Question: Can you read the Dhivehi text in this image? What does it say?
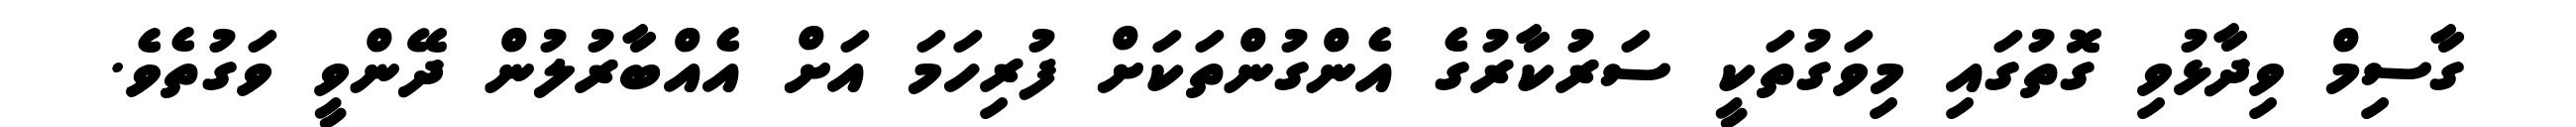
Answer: ގާސިމް ވިދާޅުވި ގޮތުގައި މިވަގުތަކީ ސަރުކާރުގެ އެންގުންތަކަށް ފުރިހަމަ އަށް އެއްބާރުލުން ދޭންވީ ވަގުތެވެ.